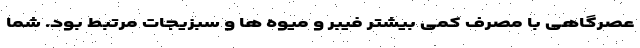
عصرگاهی با مصرف کمی بیشتر فیبر و میوه ها و سبزیجات مرتبط بود. شما